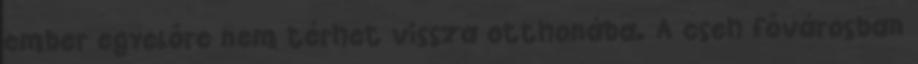
ember egyelőre nem térhet vissza otthonába. A cseh fővárosban